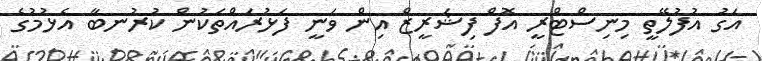
އަގު އުފުލޭތީ މިނިސްޓްރީ އޮފް ފިޝަރީޒް އިން ވަނީ ފަޅުރައްތަކުން ކުރުނބާ އެޅުމުގެ